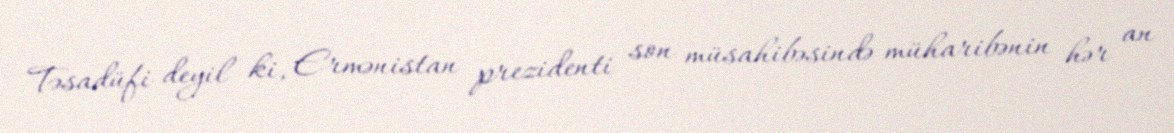
Təsadüfi deyil ki, Ermənistan prezidenti son müsahibəsində müharibənin hər an